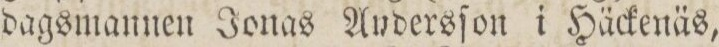
dagsmannen Jonas Andersſon i Häckenäs,